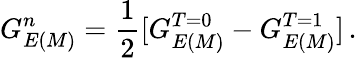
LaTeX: G_{E(M)}^{n}=\frac 12[G_{E(M)}^{T=0}-G_{E(M)}^{T=1}]\, .